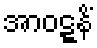
အာဝဋ္ဋနိံ